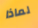
لماذا